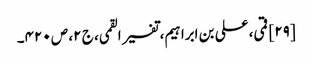
[۲۹] قمی، علی بن ابراہیم، تفسیر القمی، ج ۲، ص ۴۲۰۔